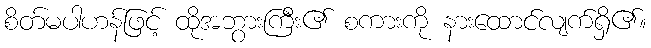
စိတ်မပါဟန်ဖြင့် ထိုအဘွားကြီး၏ စကားကို နားထောင်လျက်ရှိ၏။